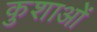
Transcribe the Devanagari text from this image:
कुशाओं